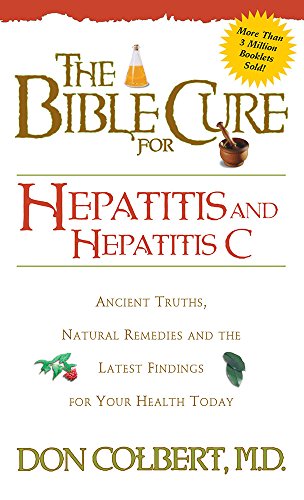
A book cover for Bible Cure for Hepatitis C: Ancient Truths, Natural Remedies and the Latest Findings for Your Health Today (New Bible Cure (Siloam)); Don Colbert MD; Health, Fitness & Dieting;